Vaccination in Bombay 1913-1923 - 1913-1923
Year: 1913
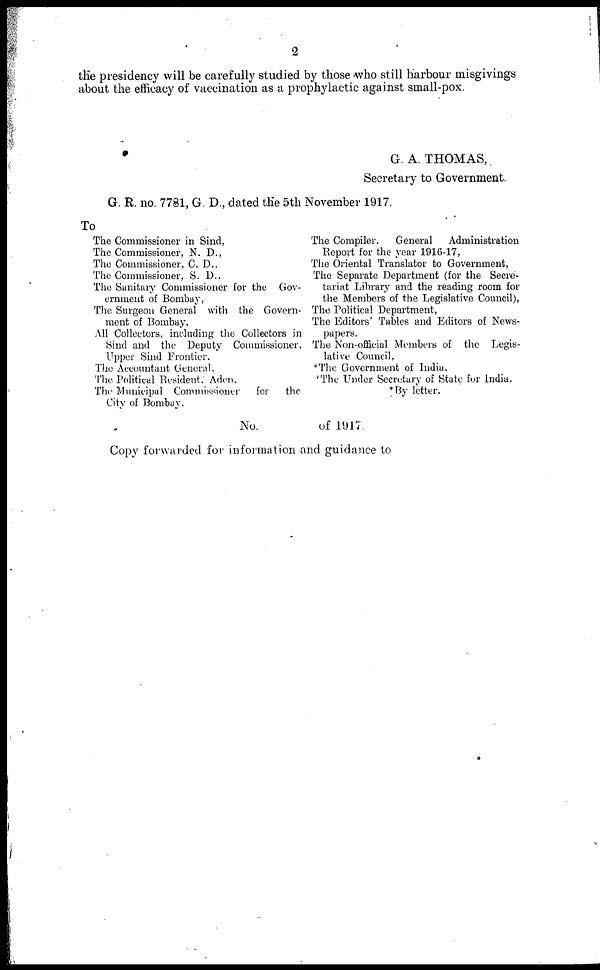
2
the presidency will be carefully studied by those who still harbour misgivings
about the efficacy of vaccination as a prophylactic against small-pox.
G. A. THOMAS,
Secretary to Government.
G. R. no. 7781, G. D., dated the 5th November 1917.
To
The Commissioner in Sind,
The Commissioner, N. D.,
The Commissioner, C. D.,
The Commissioner, S. D.,
The Sanitary Commissioner for the Gov-
ernment of Bombay,
The Surgeon General with the Govern-
ment of Bombay,
All Collectors, including the Collectors in
Sind and the Deputy Commissioner,
Upper Sind Frontier.
The Accountant General.
The Political Resident, Aden.
The Municipal Commissioner
for
the
City of Bombay.
The Compiler.
General
Administration
Report for the year 1916-17,
The Oriental Translator to Government,
The Separate Department (for the Secre-
tariat Library and the reading room for
the Members of the Legislative Council),
The Political Department,
The Editors' Tables and Editors of News-
papers.
The Non-official Members of the Legis-
lative Council,
*The Government of India.
*The Under Secretary of State for India.
*By letter.
No.
of 1917.
Copy forwarded for information and guidance to